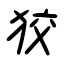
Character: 狡